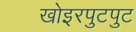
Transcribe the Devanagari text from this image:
खोइरपुटपुट